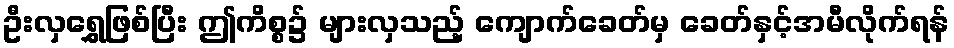
ဦးလှရွှေဖြစ်ပြီး ဤကိစ္စ၌ များလှသည့် ကျောက်ခေတ်မှ ခေတ်နှင့်အမီလိုက်ရန်